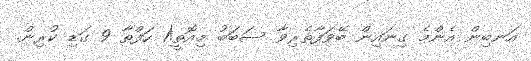
އަނބިން އެންމެ ގިނައިން ބޭވަފާތެރިވާ ސަބަބު މިއޮތީ!1 ހަފްތާ 9 ގަޑި ކުރިން.